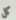
كل